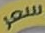
سعر